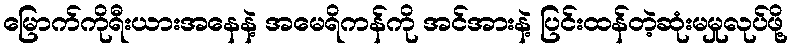
မြောက်ကိုရီးယားအနေနဲ့ အမေရိကန်ကို အင်အားနဲ့ ပြင်းထန်တဲ့ဆုံးမမှုလုပ်ဖို့